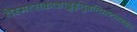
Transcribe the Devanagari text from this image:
तेस्मत्सकाशाद्गृह्णंतुबलिमष्टांगमक्षयं